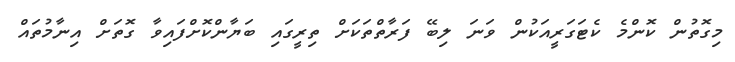
މިގޮތުން ކޮންމެ ކެޓަގަރީއަކުން ވަނަ ލިބޭ ފަރާތްތަކަށް ތިރީގައި ބަޔާންކޮށްފައިވާ ގޮތަށް އިނާމުތައް